Vaccination report Assam 1896-1927 - 1896-1927
Year: 1896
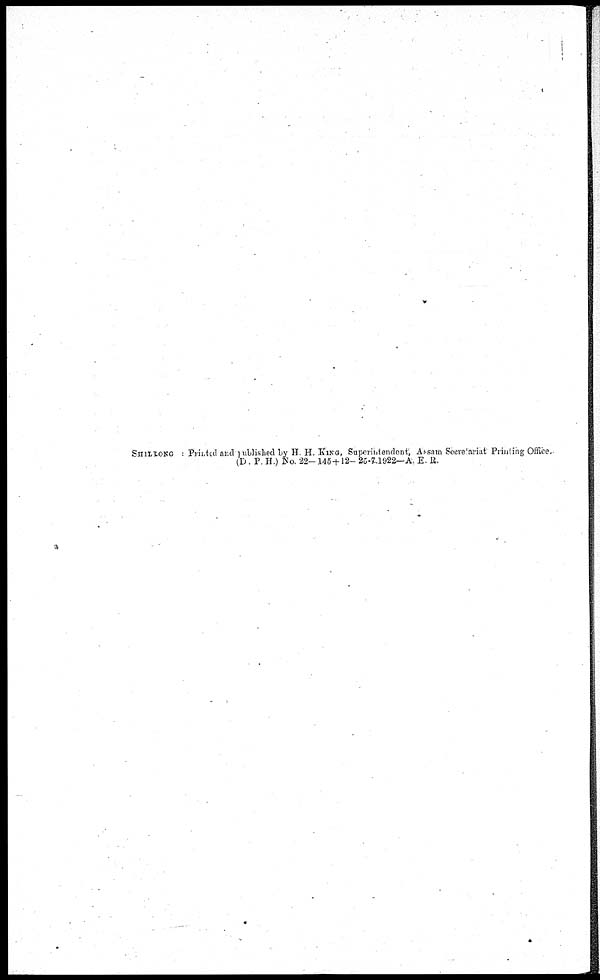
SHILLONG . Printed and published by H. H. KING, Superintendent, Assam Secretariat Printing Office.
(D . P. H ) No. 22—145 + 12— 25-7.1922—A. E. R.